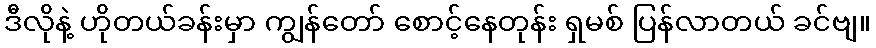
ဒီလိုနဲ့ ဟိုတယ်ခန်းမှာ ကျွန်တော် စောင့်နေတုန်း ရှမစ် ပြန်လာတယ် ခင်ဗျ။